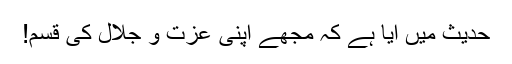
حدیث میں آیا ہے کہ مجھے اپنی عزت و جلال کی قسم!